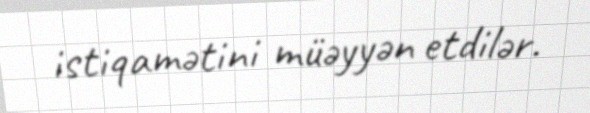
istiqamətini müəyyən etdilər.